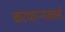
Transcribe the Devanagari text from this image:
करणाऱ्याकडे